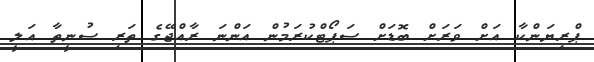
ޕްރިޔަންކާ އަށް ވަރަށް ބޮޑަށް ސަޕޯޓްކުރަމުން އަންނަ ރާއްޖޭގެ ތަރި ސުނީތާ އަލީ